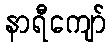
နာရီကျော်